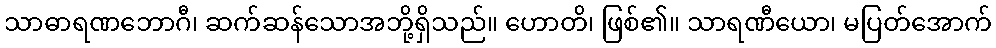
သာဓာရဏဘောဂီ၊ ဆက်ဆန်သောအဘို့ရှိသည်။ ဟောတိ၊ ဖြစ်၏။ သာရဏီယော၊ မပြတ်အောက်